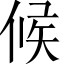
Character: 候